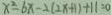
x ^ { 2 } - b x - 2 ( 2 x + 1 ) + 1 1 = 0